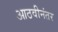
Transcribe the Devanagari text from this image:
आठवीनंतर